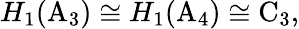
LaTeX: H_{1}(\mathrm{A}_{3})\cong H_{1}(\mathrm{A}_{4})\cong\mathrm{C}_{3},